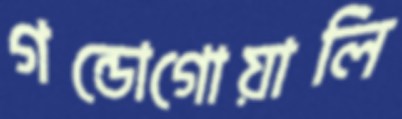
গন্ডোগোয়ালি